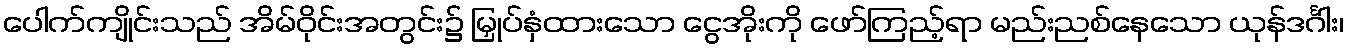
ပေါက်ကျိုင်းသည် အိမ်ဝိုင်းအတွင်း၌ မြှုပ်နှံထားသော ငွေအိုးကို ဖော်ကြည့်ရာ မည်းညစ်နေသော ယုန်ဒင်္ဂါး၊